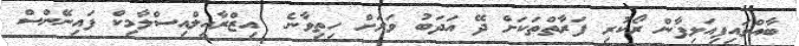
ބާއްވައިފިއަލިފާން ރޯކުރި ފަރާތްތަކަށް ދޭ އަދަބު ވަރަށް ހިތިވާނެ  އިޒްރާއީލްއިސްލާމިކް ފައިނޭންސް